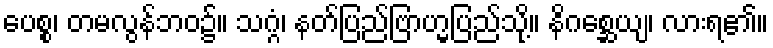
ပေစ္စ၊ တမလွန်ဘဝ၌။ သဂ္ဂံ၊ နတ်ပြည်ဗြာဟ္မပြည်သို့။ နိဂစ္ဆေယျ၊ လားရ၏။